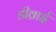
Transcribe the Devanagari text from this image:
डीव्राई